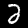
Digit: 2